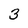
Character: 3